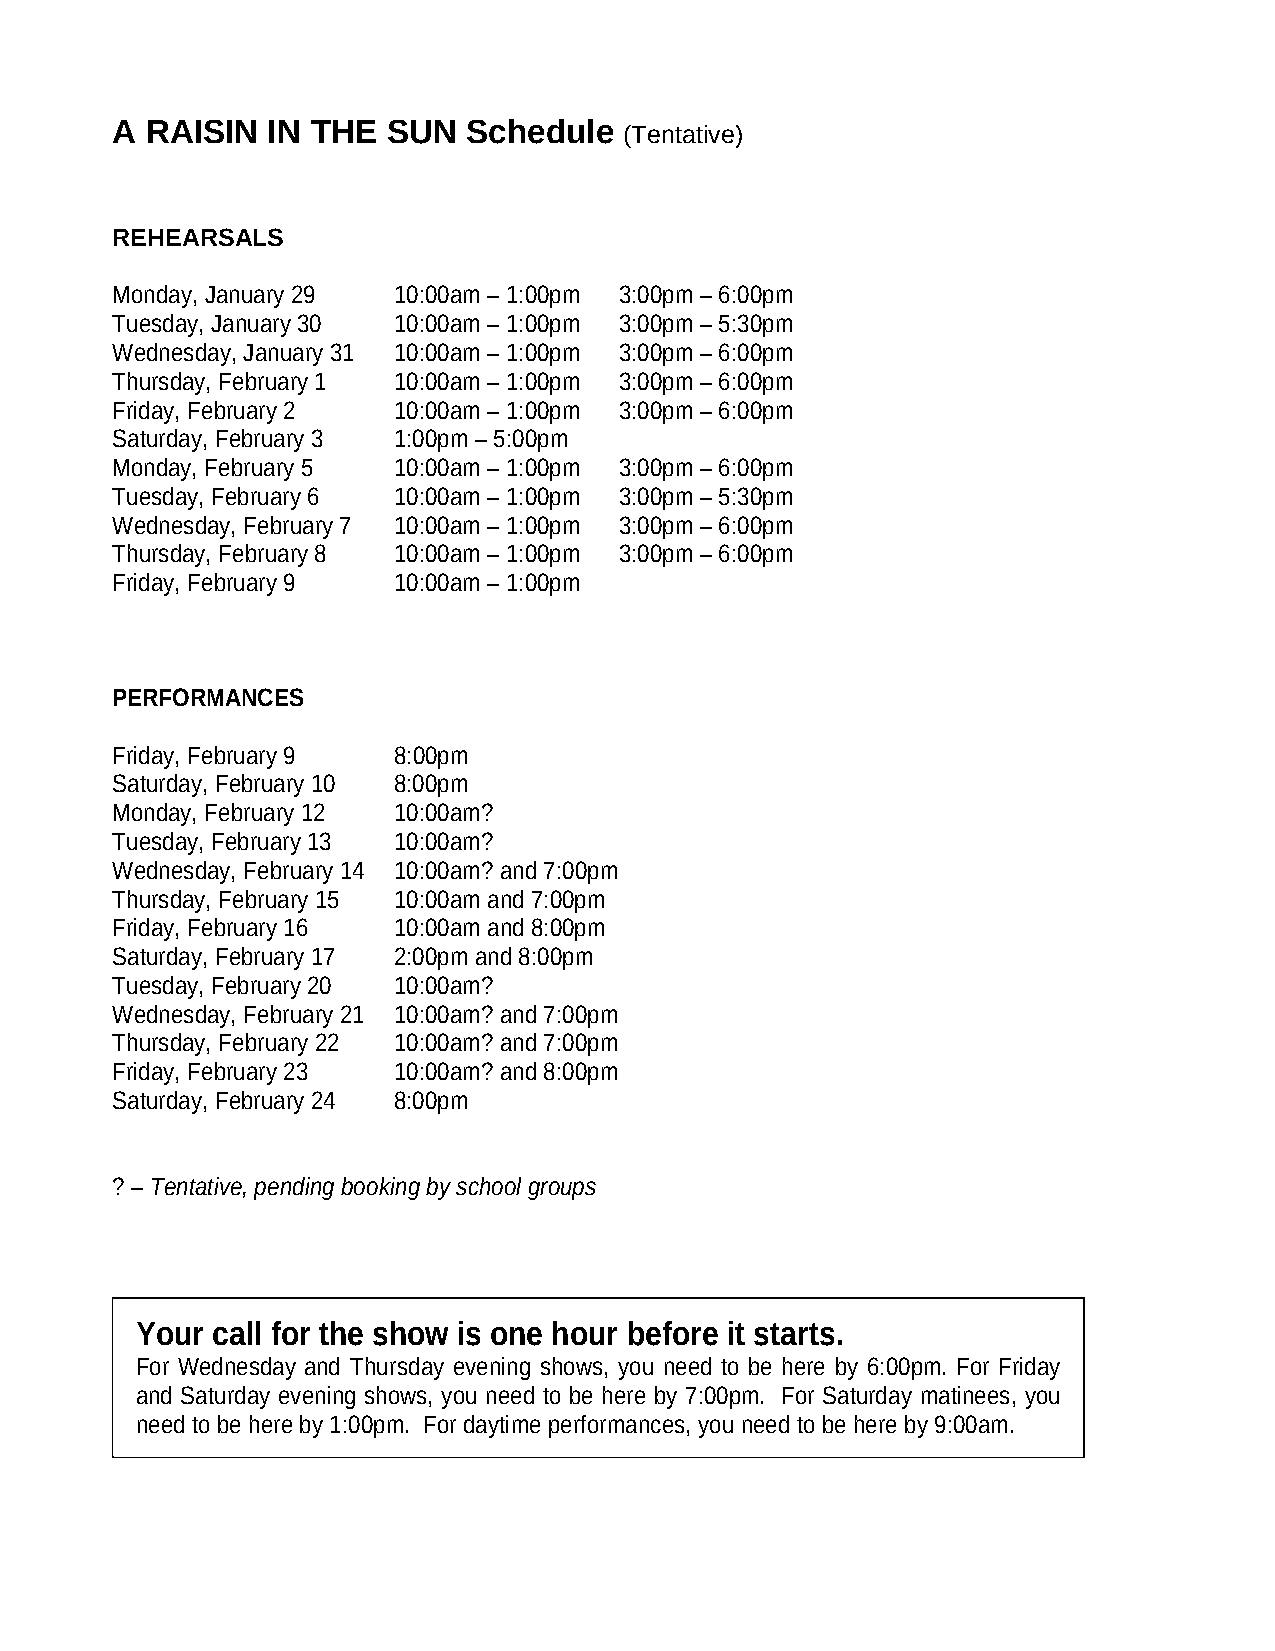
A  RAISIN  IN THE  SUN  Schedule
 (Tentative)
 REHEARSALS
 Monday, January 29 10:00am – 1:00pm 3:00pm – 6:00pm
 Tuesday, January 30 10:00am – 1:00pm 3:00pm – 5:30pm
 Wednesday, January 31 10:00am – 1:00pm 3:00pm – 6:00pm
 Thursday, February 1 10:00am – 1:00pm 3:00pm – 6:00pm
 Friday, February 2 10:00am – 1:00pm 3:00pm – 6:00pm
 Saturday, February 3 1:00pm – 5:00pm
 Monday, February 5 10:00am – 1:00pm 3:00pm – 6:00pm
 Tuesday, February 6 10:00am – 1:00pm 3:00pm – 5:30pm
 Wednesday, February 7 10:00am – 1:00pm 3:00pm – 6:00pm
 Thursday, February 8 10:00am – 1:00pm 3:00pm – 6:00pm
 Friday, February 9 10:00am – 1:00pm
 PERFORMANCES
 Friday, February 9 8:00pm
 Saturday, February 10 8:00pm
 Monday, February 12 10:00am?
 Tuesday, February 13 10:00am?
 Wednesday, February 14 10:00am? and 7:00pm
 Thursday, February 15 10:00am and 7:00pm
 Friday, February 16 10:00am and 8:00pm
 Saturday, February 17 2:00pm and 8:00pm
 Tuesday, February 20 10:00am?
 Wednesday, February 21 10:00am? and 7:00pm
 Thursday, February 22 10:00am? and 7:00pm
 Friday, February 23 10:00am? and 8:00pm
 Saturday, February 24 8:00pm
 ? – Tentative, pending booking by school groups
 Your call for the show is one hour before it starts.
 For Wednesday and Thursday evening shows, you need to be here by 6:00pm. For Friday
 and Saturday evening shows, you need to be here by 7:00pm. For Saturday matinees, you
 need to be here by 1:00pm. For daytime performances, you need to be here by 9:00am.